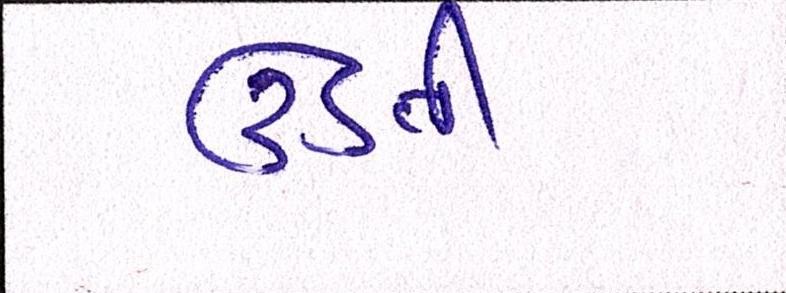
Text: ઉડતી